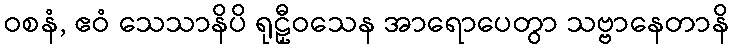
ဝစနံ, ဧဝံ သေသာနိပိ ရုဠှီဝသေန အာရောပေတွာ သဗ္ဗာနေတာနိ